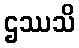
ဌဿသိ